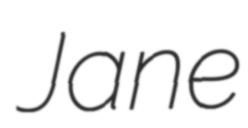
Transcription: Jane